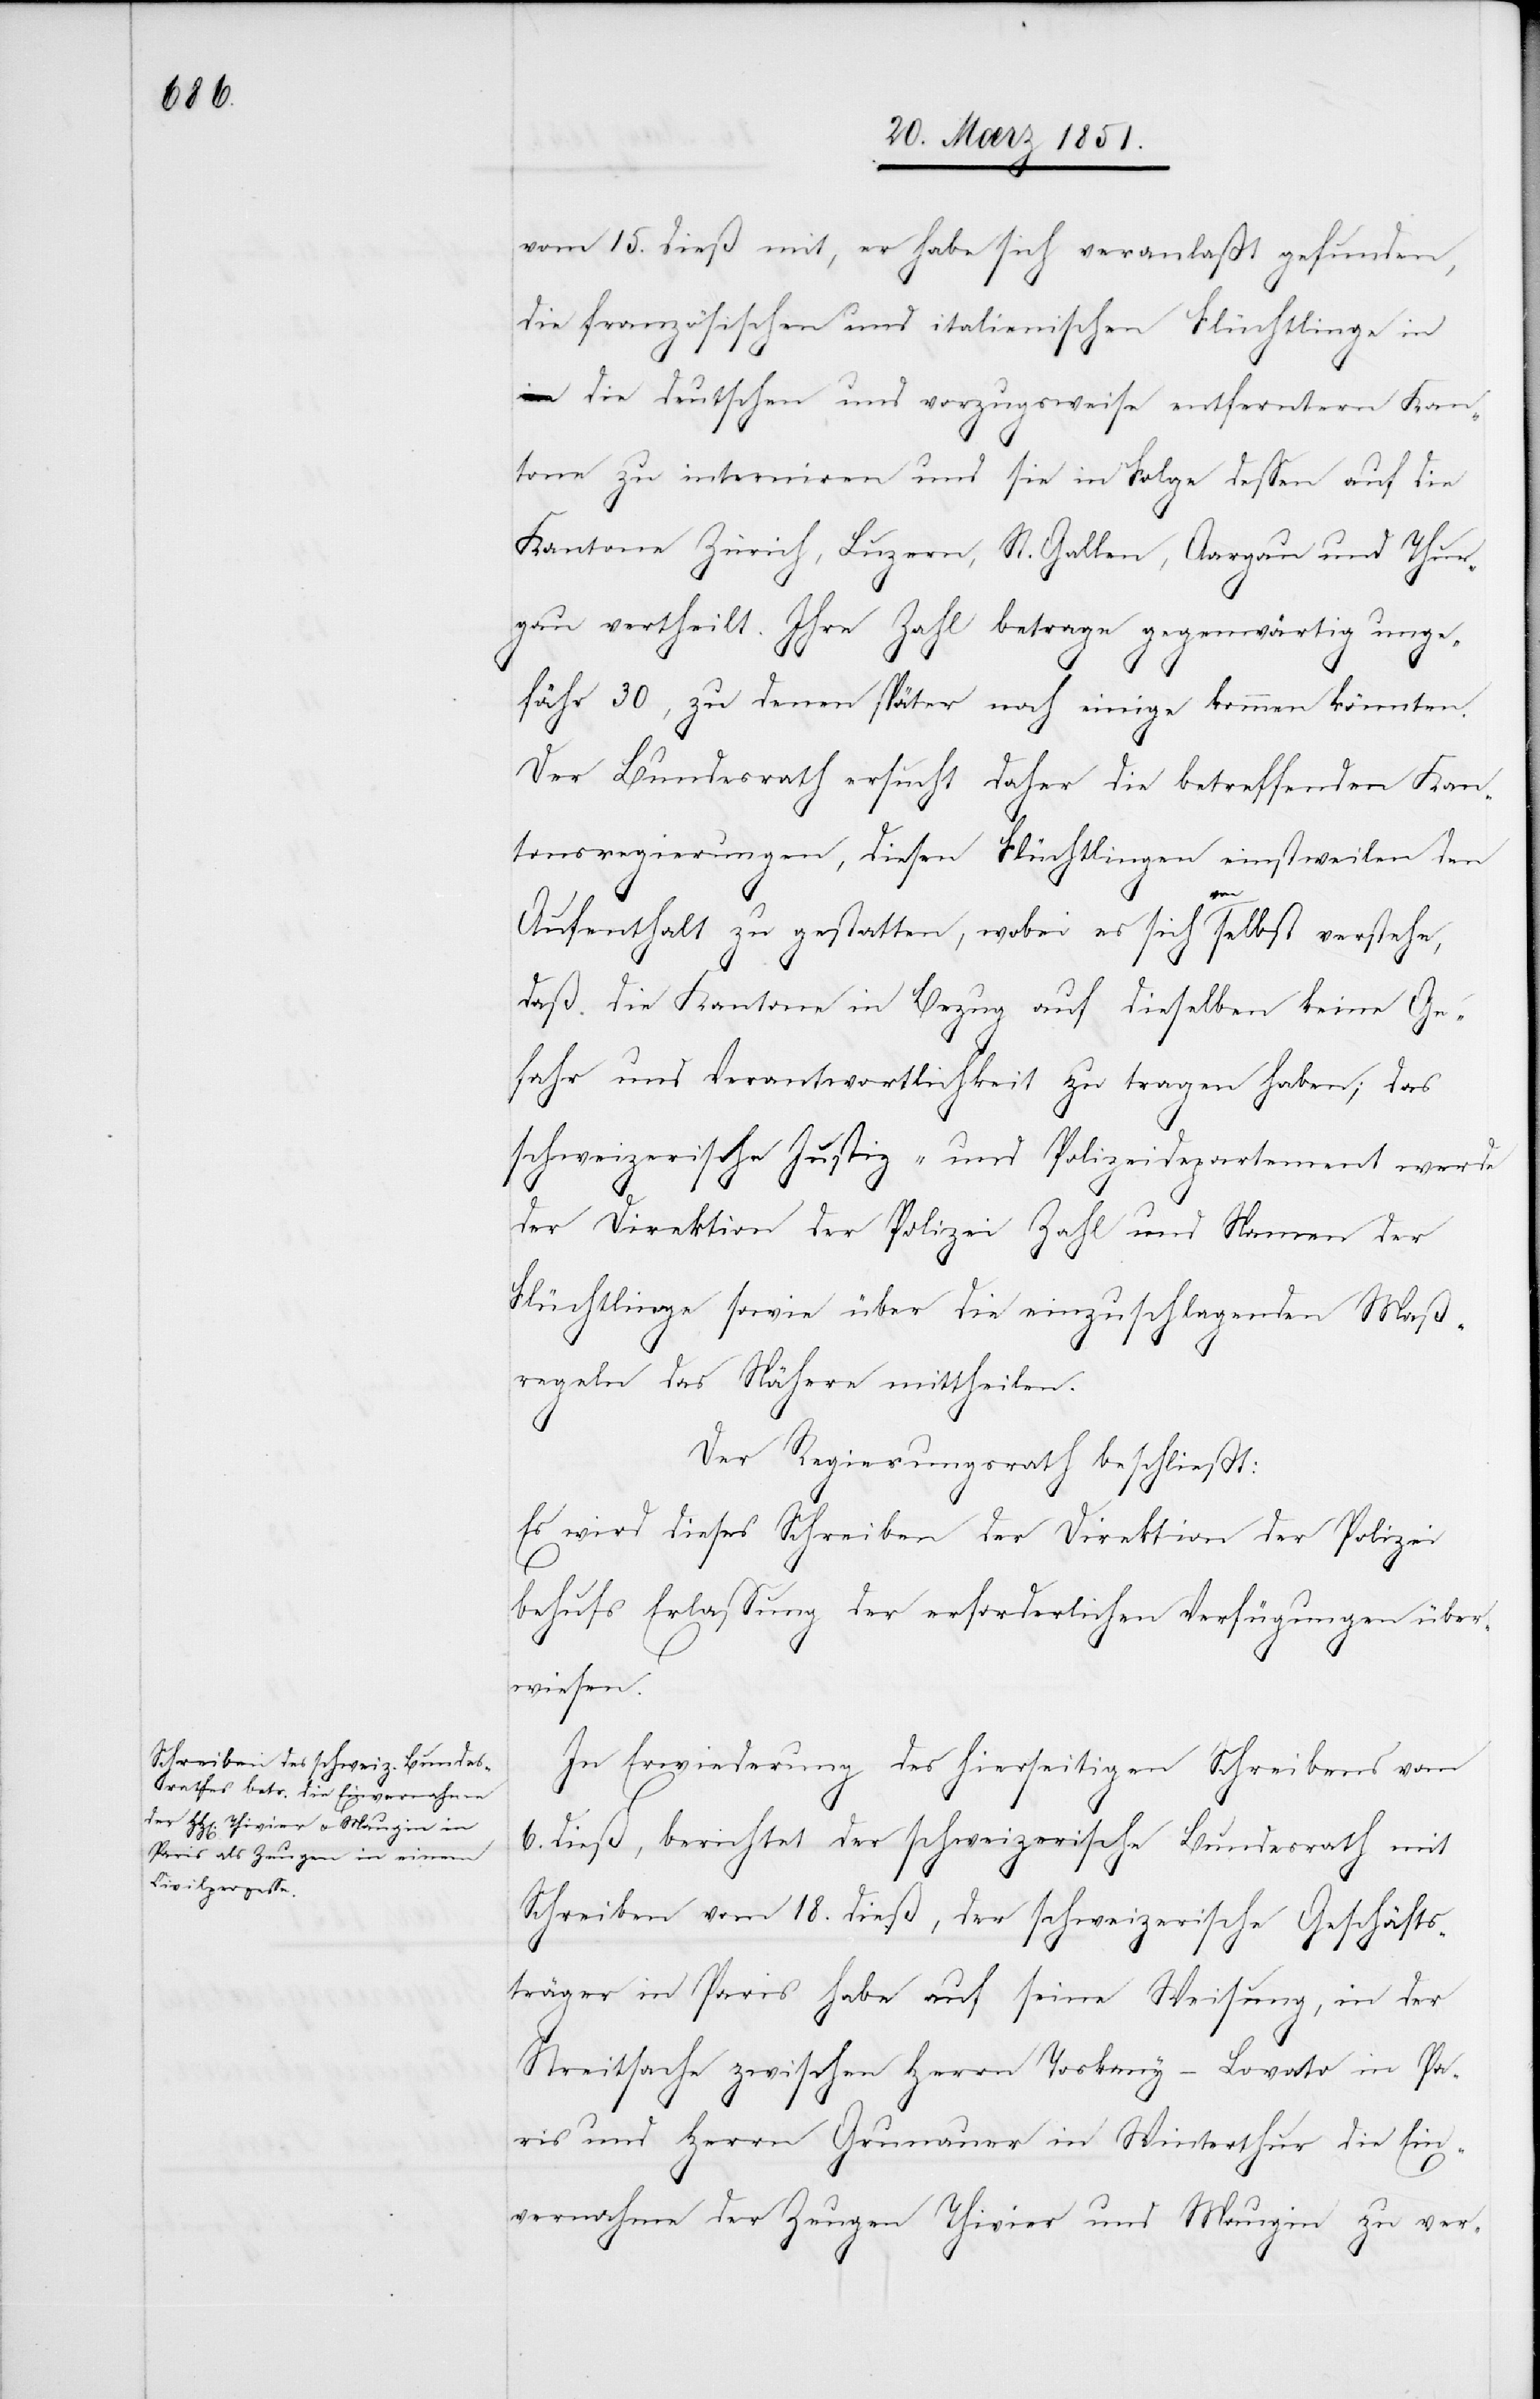
vom 15. dieß mit, er habe sich veranlaßt gefunden,
die französischen und italienischen Flüchtlinge in
die deutschen und vorzugsweise entferntern Kan¬
tone zu interniren und sie in Folge dessen auf die
Kantone Zürich, Luzern, St. Gallen, Aargau und Thur¬
gau vertheilt. Ihre Zahl betrage gegenwärtig unge¬
fähr 30, zu denen später noch einige kommen könnten.
Der Bundesrath ersucht daher die betreffenden Kan¬
tonsregierungen, diesen Flüchtlingen einstweilen den
Aufenthalt zu gestatten, wobei es sich von selbst verstehe,
daß die Kantone in Bezug auf dieselben keine Ge¬
fahr und Verantwortlichkeit zu tragen haben; das
schweizerische Justiz- und Polizeidepartement werde
der Direktion der Polizei Zahl und Namen der
Flüchtlinge sowie über die einzuschlagenden Maß¬
regeln das Nähere mittheilen.
Der Regierungsrath beschließt:
Es wird dieses Schreiben der Direktion der Polizei
behufs Erlassung der erforderlichen Verfügungen über¬
wiesen.
In Erwiederung des hierseitigen Schreibens vom
6. dieß, berichtet der schweizerische Bundesrath mit
Schreiben vom 18. dieß, der schweizerische Geschäfts¬
träger in Paris habe auf seine Weisung, in der
Streitsache zwischen Herrn Toskany-Lovato in Pa¬
ris und Herrn Grunauer in Winterthur die Ein¬
vernahme der Zeugen Thivier und Maugin zu ver-